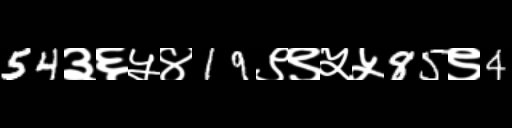
Text: 54३६५४19९९५५85९4